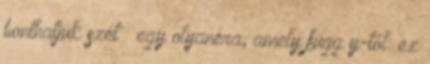
bonthatjuk szét – egy olyanéra, amely függ y-tól: ez